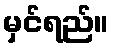
မှင်ရည်။